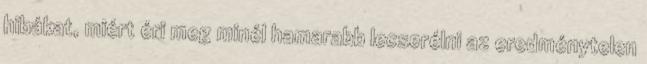
hibákat, miért éri meg minél hamarabb lecserélni az eredménytelen